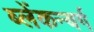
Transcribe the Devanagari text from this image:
ब्लेंकन्बर्ग